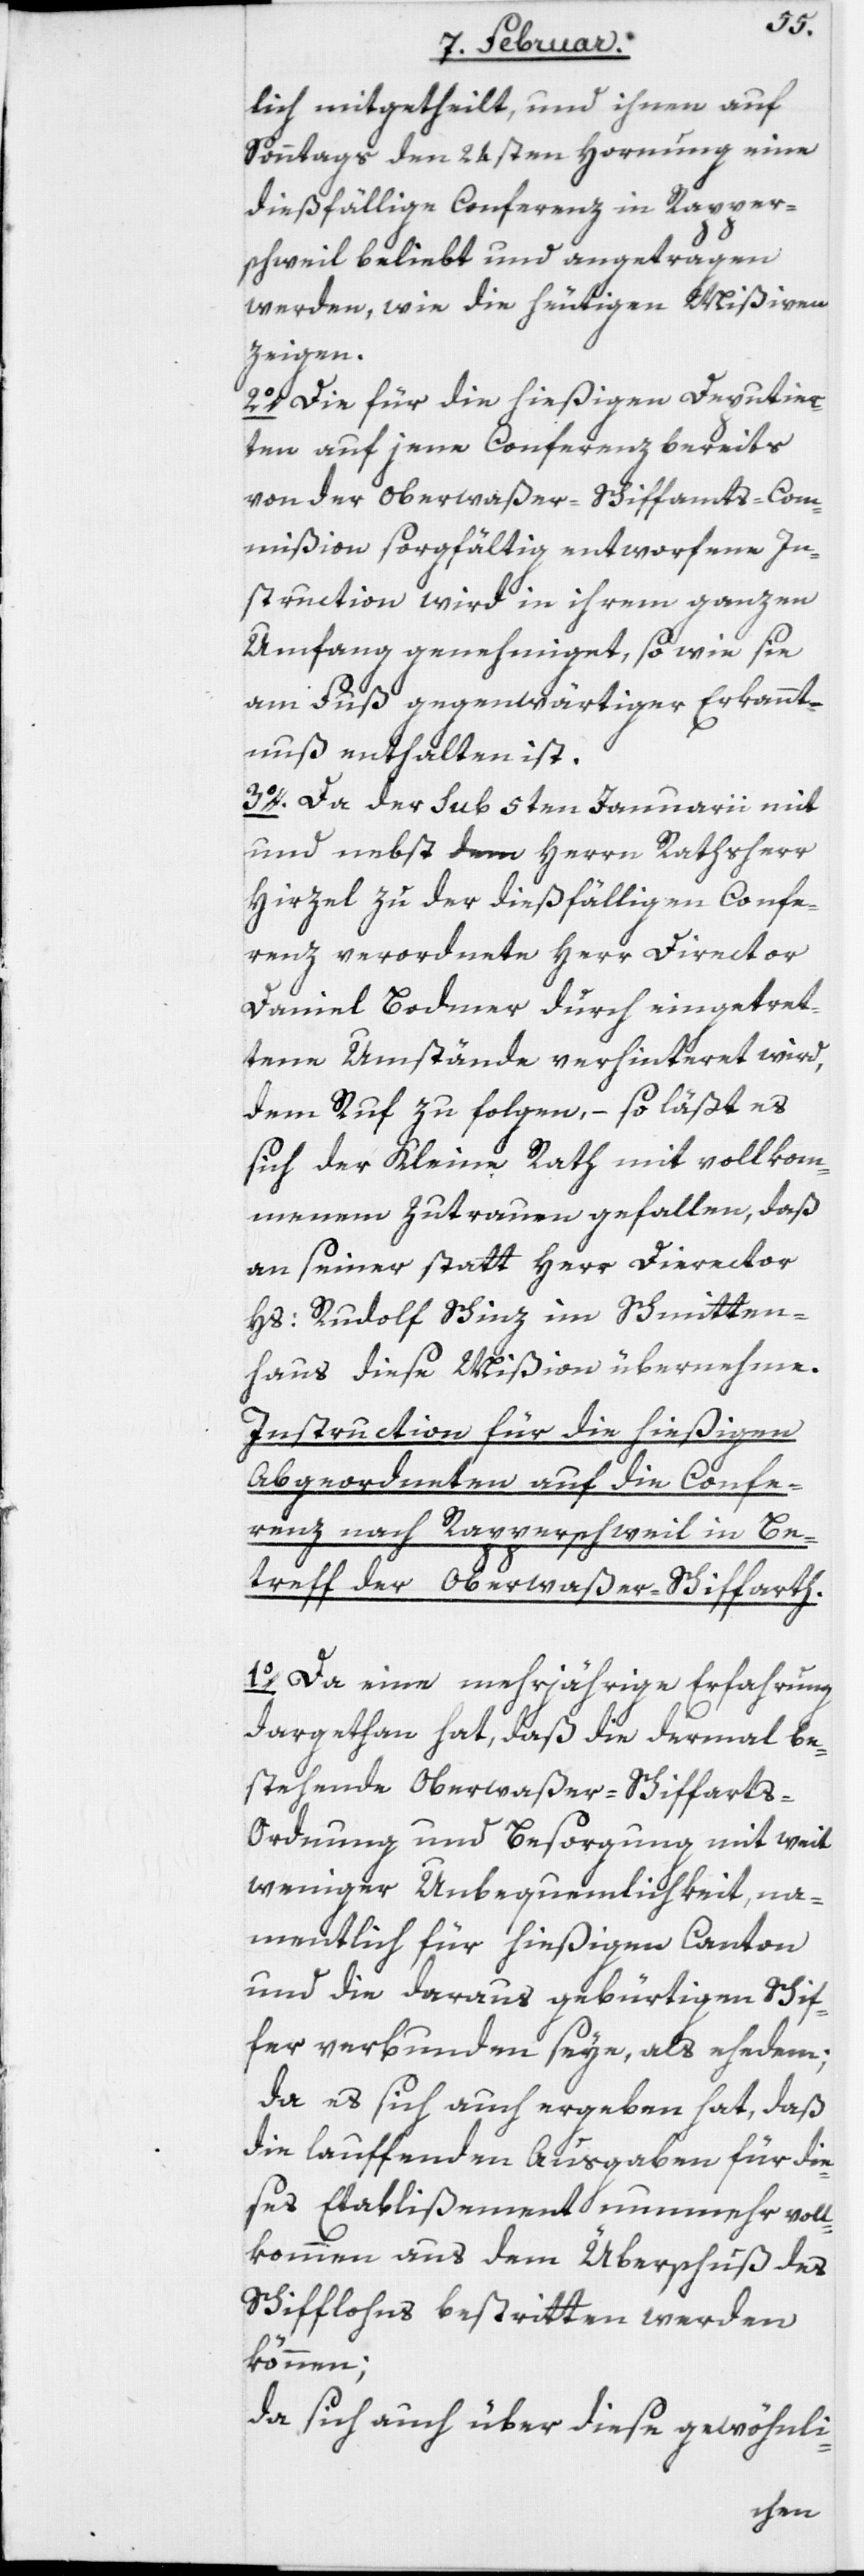
lich mitgetheilt, und ihnen auf
Sonntags den 24sten Hornung eine
dießfällige Conferenz in Rapper¬
schweil beliebt und angetragen
werden, wie die heutigen Mißiven
zeigen.
2o. Die für die hießigen Deputier¬
ten auf jene Conferenz bereits
von der Oberwaßer-Schiffamts-Com¬
mißion sorgfältig entworfene In¬
struction wird in ihrem ganzen
Umfang genehmiget, so wie sie
am Fuß gegenwärtiger Erkannt¬
nuß enthalten ist.
3o. Da der sub 5ten Januarii mit
und nebst dem Herrn Rathsherr
Hirzel zu der dießfälligen Confe¬
renz verordnete Herr Director
Daniel Bodmer durch eingetret¬
tene Umstände verhinteret wird,
dem Ruf zu folgen, – so läßt es
sich der Kleine Rath mit vollkom¬
menem Zutrauen gefallen, daß
an seiner statt Herr Director
Hs: Rudolf Schinz im Schmitten¬
haus diese Mißion übernehme.
Instruction für die hießigen
Abgeordneten auf die Confe¬
renz nach Rapperschweil in Be¬
treff der Oberwaßer-Schiffarth.
1o. Da eine mehrjährige Erfahrung
dargethan hat, daß die dermal be¬
stehende Oberwaßer-Schiffart¬
s-Ordnung und Besorgung mit weit
weniger Unbequemlichkeit, na¬
mentlich für hießigen Canton
und die daraus gebürtigen Schif¬
fer verbunden seye, als ehedem;
da es sich auch ergeben hat, daß
die lauffenden Ausgaben für die¬
ses Etablißement nunmehr voll¬
kommen aus dem Überschuß des
Schifflohns bestritten werden
können;
da sich auch über diese gewöhnli-